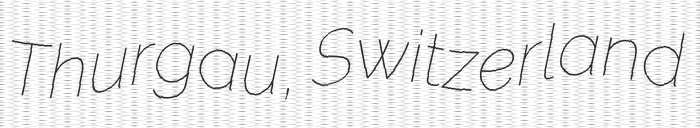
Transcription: Thurgau, Switzerland